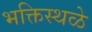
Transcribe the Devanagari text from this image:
भक्तिस्थळे